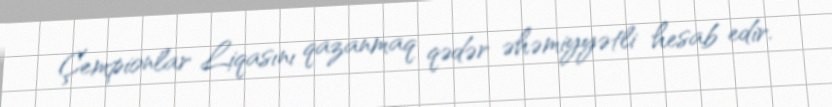
Çempionlar Liqasını qazanmaq qədər əhəmiyyətli hesab edir.